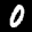
Label: 0